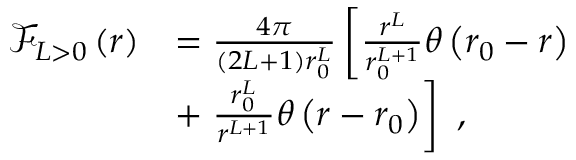
\begin{array} { r l } { \mathcal { F } _ { L > 0 } \left( r \right) } & { = \frac { 4 \pi } { ( 2 L + 1 ) r _ { 0 } ^ { L } } \left[ \frac { r ^ { L } } { r _ { 0 } ^ { L + 1 } } \theta \left( r _ { 0 } - r \right) \right. } \\ & { + \left. \frac { r _ { 0 } ^ { L } } { r ^ { L + 1 } } \theta \left( r - r _ { 0 } \right) \right] \ , } \end{array}